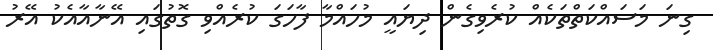
ގިނަ މަސައްކަތްތަކެއް ކުރެވިގެން ދިޔައީ މުހައްމާ ފާހަގަ ކުރެއްވި ގޮތުގައި އޭނާއާއެކު އޭރު